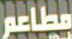
مطاعم